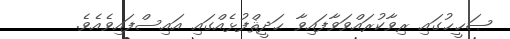
ޞަޙީޙުގައި ރިވާކުރައްވަވާފައިވާ ޙަދީޘްފުޅެއްގައި އައިސްފައިވެއެވެ.